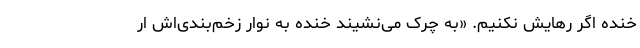
خنده اگر رهایش نکنیم. «به چرک می‌نشیند خنده به نوارِ زخم‌بندی‌اش ار